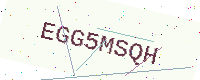
Text: EGG5MSQH